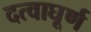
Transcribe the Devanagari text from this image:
दत्वाघूर्ण